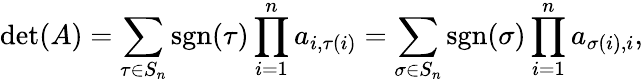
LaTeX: \operatorname*{det}(A)=\sum_{\tau\in S_{n}}\operatorname{sgn}(\tau)\prod_{i=1}^{n}a_{i,\tau(i)}=\sum_{\sigma\in S_{n}}\operatorname{sgn}(\sigma)\prod_{i=1}^{n}a_{\sigma(i),i},